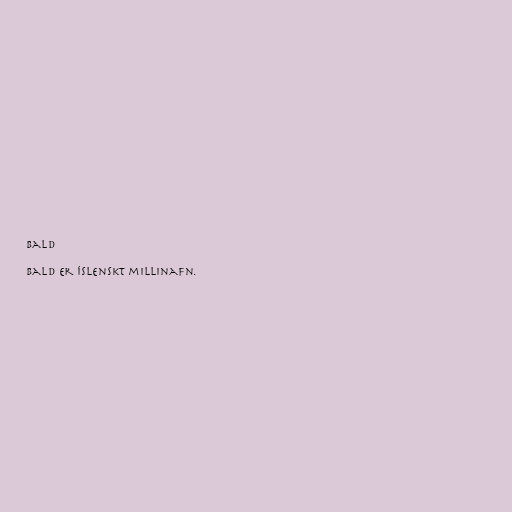
Bald

Bald er íslenskt millinafn.